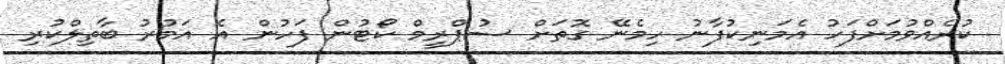
ކުރެއްވުމަށްފަހު އެމަނިކުފާނު ހިމެނޭ ގޮތަށް ސުޕްރީމް ކޯޓުން ފަހުން އެ އަމުރު ބާތިލްކުރި